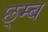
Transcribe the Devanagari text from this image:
छ्म्ब